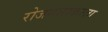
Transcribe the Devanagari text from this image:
रोजगाराकरता